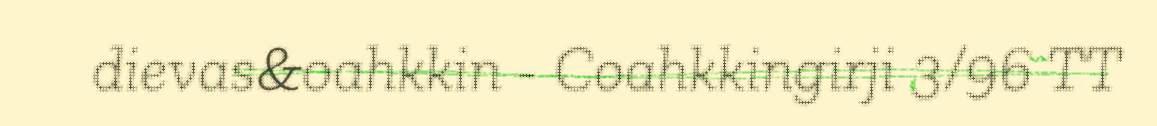
dievas&oahkkin - Coahkkingirji 3/96 TT